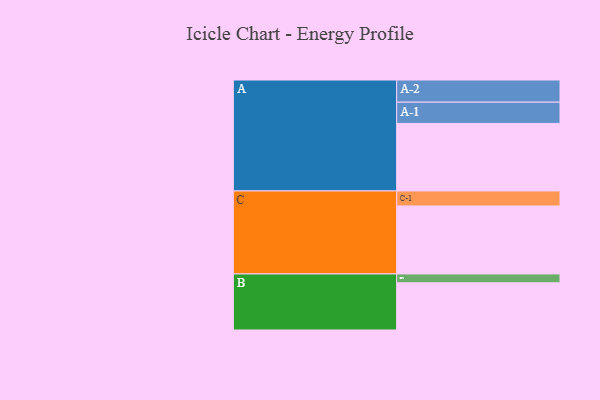
{"axis": {"x": "Segment", "y": "Value"}, "legend": ["", "A", "B", "C"], "data": [{"x": "A", "y": 594, "type": ""}, {"x": "B", "y": 415, "type": ""}, {"x": "C", "y": 598, "type": ""}, {"x": "A-1", "y": 187, "type": "A"}, {"x": "A-2", "y": 195, "type": "A"}, {"x": "B-1", "y": 78, "type": "B"}, {"x": "C-1", "y": 132, "type": "C"}]}